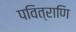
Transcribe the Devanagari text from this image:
पवित्राणि